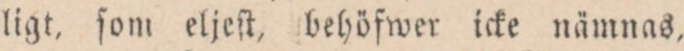
ligt, ſom eljeſt, behöfwer icke nämnas,